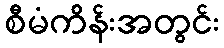
စီမံကိန်းအတွင်း